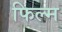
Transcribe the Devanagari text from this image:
फिल्‍म्‍ा